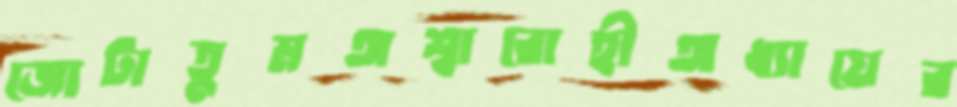
জোটাতুমঅশ্বারোহীঅধ্যায়ের